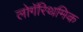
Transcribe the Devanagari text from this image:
लोगॅरिथमिक